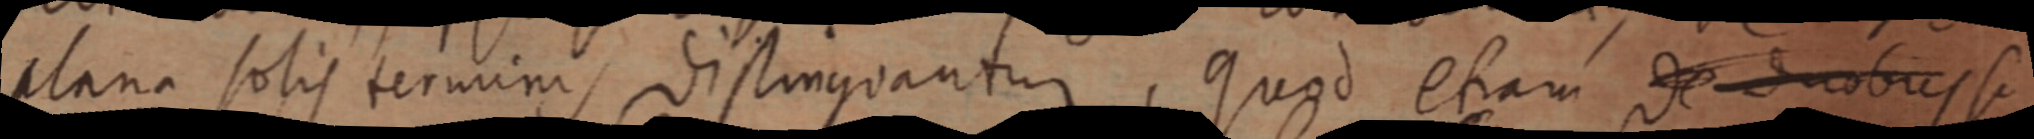
plana solis terminis distinguantur, Quod etiam de duobus si